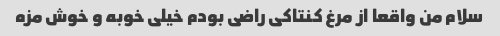
سلام من واقعا از مرغ کنتاکی راضی بودم خیلی خوبه و خوش مزه